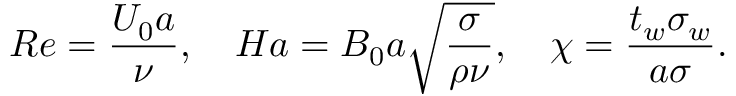
R e = \frac { U _ { 0 } a } { \nu } , \quad H a = B _ { 0 } a \sqrt { \frac { \sigma } { \rho \nu } } , \quad \chi = \frac { t _ { w } \sigma _ { w } } { a \sigma } .